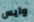
وايس